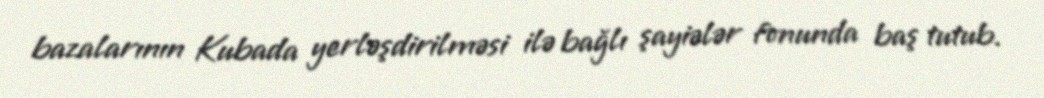
bazalarının Kubada yerləşdirilməsi ilə bağlı şayiələr fonunda baş tutub.